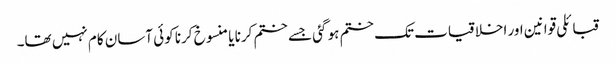
قبائلی قوانین اور اخلاقیات تک ختم ہو گئی جسے ختم کرنا یا منسوخ کرنا کوئی آسان کام نہیں تھا۔